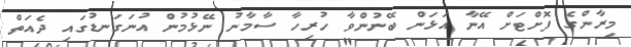
މިރާންގެ ފޮށްޓަށް އޭނާ އަޅަން ބޭނުންވާ ހުރިހާ ސާމާނު ނޭޅުމުން އުނަގަނޑުގައި ދެއަތް